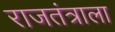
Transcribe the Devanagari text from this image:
राजतंत्राला